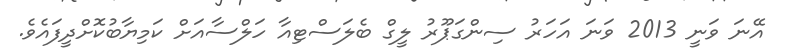
އޭނަ ވަނީ 2013 ވަނަ އަހަރު ސިންގަޕޫރު ލީގް ބެލަސްޓިއާ ހަލްސާއަށް ކަމިޔާބުކޮށްދީފައެވެ.